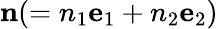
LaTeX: \textbf{n}(=n_{1}\textbf{e}_{1}+n_{2}\textbf{e}_{2})